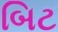
બિટ